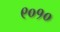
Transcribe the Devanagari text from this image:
९०१०